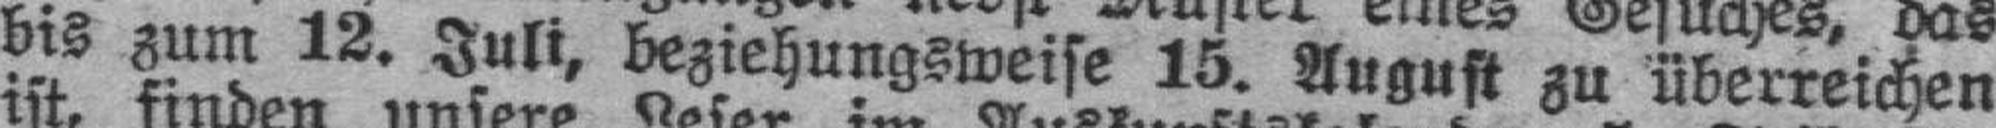
bis zum 12. Juli, beziehungsweise 15. August zu überreichen